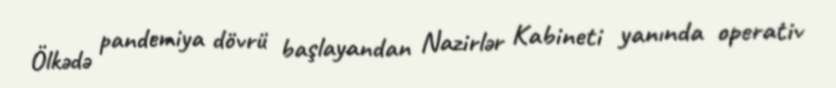
Ölkədə pandemiya dövrü başlayandan Nazirlər Kabineti yanında operativ